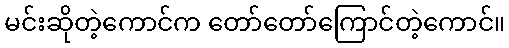
မင်းဆိုတဲ့ကောင်က တော်တော်ကြောင်တဲ့ကောင်။